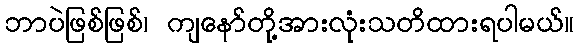
ဘာပဲဖြစ်ဖြစ်၊ ကျနော်တို့အားလုံးသတိထားရပါမယ်။